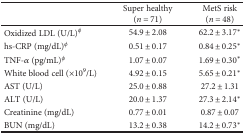
<table><thead><tr><td></td><td><b>Super healthy (<i>n</i> = 71)</b></td><td><b>MetS risk (<i>n</i> = 48)</b></td></tr></thead><tbody><tr><td>Oxidized LDL (U/L)<sup>φ</sup></td><td>54.9 ± 2.08</td><td>62.2 ± 3.17<sup>∗</sup></td></tr><tr><td>hs-CRP (mg/dL)<sup>φ</sup></td><td>0.51 ± 0.17</td><td>0.84 ± 0.25<sup>∗</sup></td></tr><tr><td>TNF-<i>α</i> (pg/mL)<sup>φ</sup></td><td>1.07 ± 0.07</td><td>1.69 ± 0.30<sup>∗</sup></td></tr><tr><td>White blood cell (×10<sup>9</sup>/L)</td><td>4.92 ± 0.15</td><td>5.65 ± 0.21<sup>∗</sup></td></tr><tr><td>AST (U/L)</td><td>25.0 ± 0.88</td><td>27.2 ± 1.31</td></tr><tr><td>ALT (U/L)</td><td>20.0 ± 1.37</td><td>27.3 ± 2.14<sup>∗</sup></td></tr><tr><td>Creatinine (mg/dL)</td><td>0.77 ± 0.01</td><td>0.87 ± 0.07</td></tr><tr><td>BUN (mg/dL)</td><td>13.2 ± 0.38</td><td>14.2 ± 0.73<sup>∗</sup></td></tr></tbody></table>